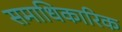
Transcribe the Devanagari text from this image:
समाधिकारिक